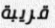
قريبة